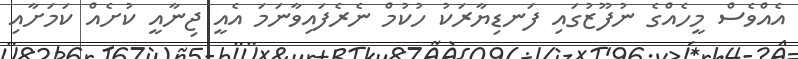
އެއްވެސް މީހެއްގެ ނުފޫޒުގައި ފަނޑިޔާރަކު ހުކުމް ނެރެފައިވާނަމަ އެއީ ޖިނާއީ ކުށެއް ކަމަށާއި